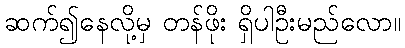
ဆက်၍နေလို့မှ တန်ဖိုး ရှိပါဦးမည်လော။